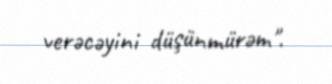
verəcəyini düşünmürəm".